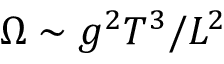
\Omega \sim g ^ { 2 } T ^ { 3 } / L ^ { 2 }